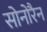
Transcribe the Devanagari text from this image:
सोनोरैन